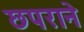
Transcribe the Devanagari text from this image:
छपराने